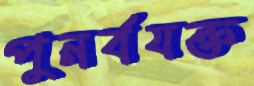
পুনর্বযক্ত